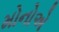
મોનોએ